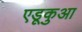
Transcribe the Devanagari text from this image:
एडूकुआ